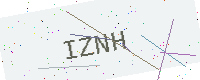
Text: IZNH